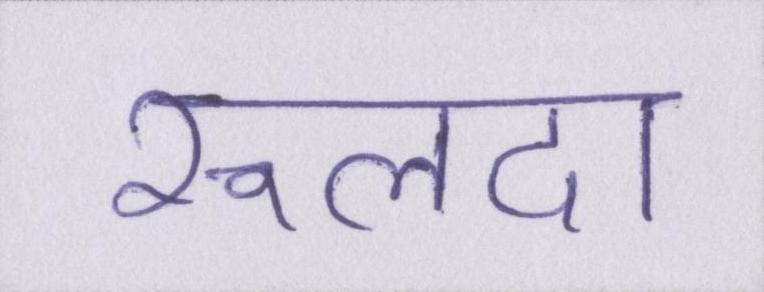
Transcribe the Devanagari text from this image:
रूलदा